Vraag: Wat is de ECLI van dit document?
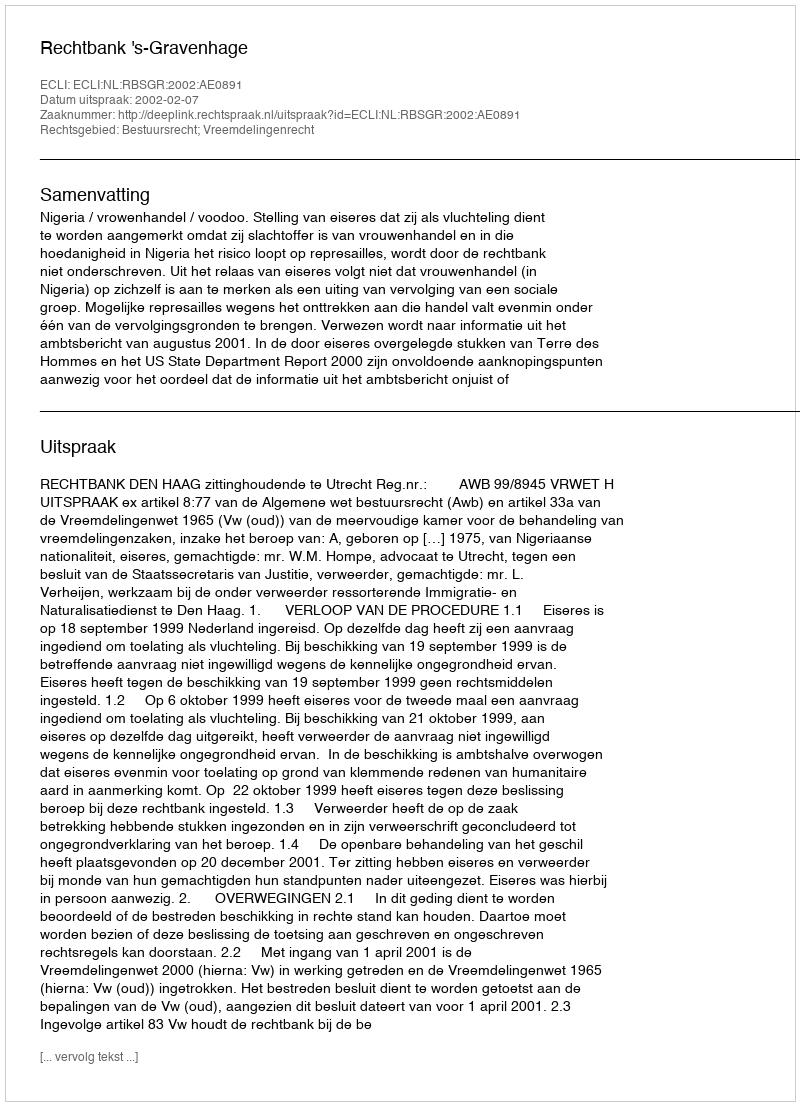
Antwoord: ECLI:NL:RBSGR:2002:AE0891